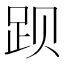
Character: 𬦥